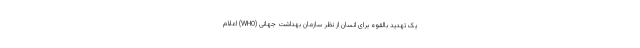
یک تهدید بالقوه برای انسان از نظر سازمان بهداشت جهانی (WHO) اعلام